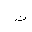
Letter: _ta